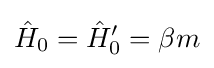
{\hat {H}}_{0}={\hat {H}}'_{0}=\beta m